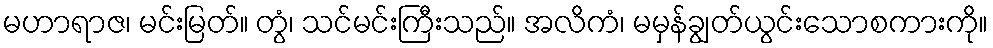
မဟာရာဇ၊ မင်းမြတ်။ တွံ၊ သင်မင်းကြီးသည်။ အလိကံ၊ မမှန်ချွတ်ယွင်းသောစကားကို။